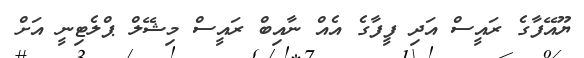
ޔޫއޭފާގެ ރައީސް އަދި ފީފާގެ އެއް ނާއިބް ރައީސް މިޝޭލް ޕްލެޓިނީ އަށް